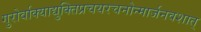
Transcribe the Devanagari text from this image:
गुरोर्वाक्याद्युक्तिप्रचयरचनोन्मार्जनवशात्